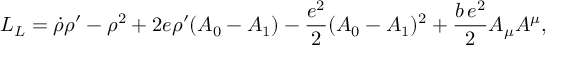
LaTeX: { \cal L } _ { L } = \dot { \rho } \rho ^ { \prime } - \rho ^ { 2 } + 2 e \rho ^ { \prime } ( A _ { 0 } - A _ { 1 } ) - { \frac { e ^ { 2 } } { 2 } } ( A _ { 0 } - A _ { 1 } ) ^ { 2 } + \frac { b \, e ^ { 2 } } { 2 } A _ { \mu } A ^ { \mu } ,